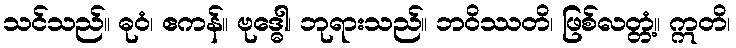
သင်သည်။ ဓုဝံ၊ ဧကန်။ ဗုဒ္ဓေါ၊ ဘုရားသည်။ ဘဝိဿတိ၊ ဖြစ်လတ္တံ့။ ဣတိ၊